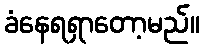
ခံနေရရှာတော့မည်။